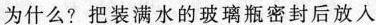
为什么?把装满水的玻璃瓶密封后放入